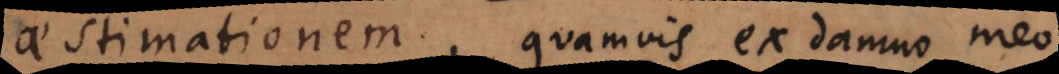
aestimationem, quamvis damno meo